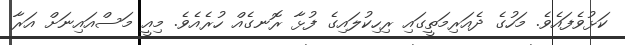
ކަޅުވެފައެވެ. މަހުގެ ދެއަރިމަތީގައި ރިހިކުލައިގެ ފުޅާ ރޮނގެއް ހުރެއެވެ. މިއީ މަސްއައިނަށް އަރާ